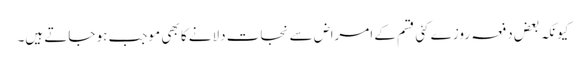
کیونکہ بعض دفعہ روزے کئی قسم کے امراض سے نجات دلانے کا بھی موجب ہو جاتے ہیں۔